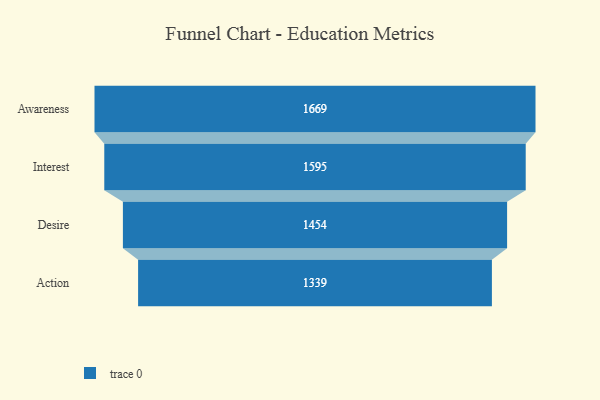
{"axis": {"x": "Stage", "y": "Value"}, "legend": [""], "data": [{"x": "Awareness", "y": 1669.0, "type": ""}, {"x": "Interest", "y": 1595.0, "type": ""}, {"x": "Desire", "y": 1454.0, "type": ""}, {"x": "Action", "y": 1339.0, "type": ""}]}